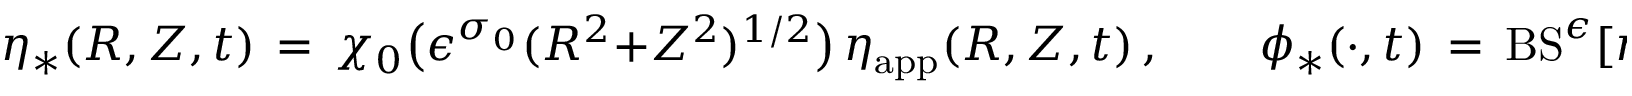
\eta _ { * } ( R , Z , t ) \, = \, \chi _ { 0 } \bigl ( \epsilon ^ { \sigma _ { 0 } } ( R ^ { 2 } { + } Z ^ { 2 } ) ^ { 1 / 2 } \bigr ) \, \eta _ { \mathrm { a p p } } ( R , Z , t ) \, , \qquad \phi _ { * } ( \cdot , t ) \, = \, \mathrm { B S } ^ { \epsilon } [ \eta _ { * } ( \cdot , t ) ] \, ,